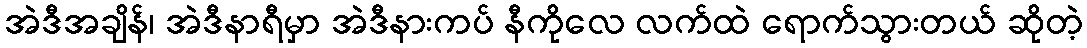
အဲဒီအချိန်၊ အဲဒီနာရီမှာ အဲဒီနားကပ် နီကိုလေ လက်ထဲ ရောက်သွားတယ် ဆိုတဲ့